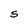
Character: S